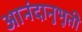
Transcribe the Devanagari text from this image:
आनंदानुभूती